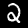
Digit: 2